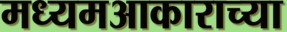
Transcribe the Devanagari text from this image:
मध्यमआकाराच्या